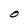
Character: O